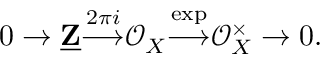
0 \to { \underline { { \mathbf { Z } } } } { \stackrel { 2 \pi i } { \longrightarrow } } { \mathcal { O } } _ { X } { \stackrel { \exp } { \longrightarrow } } { \mathcal { O } } _ { X } ^ { \times } \to 0 .